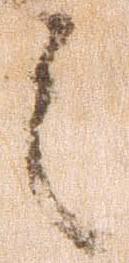
之